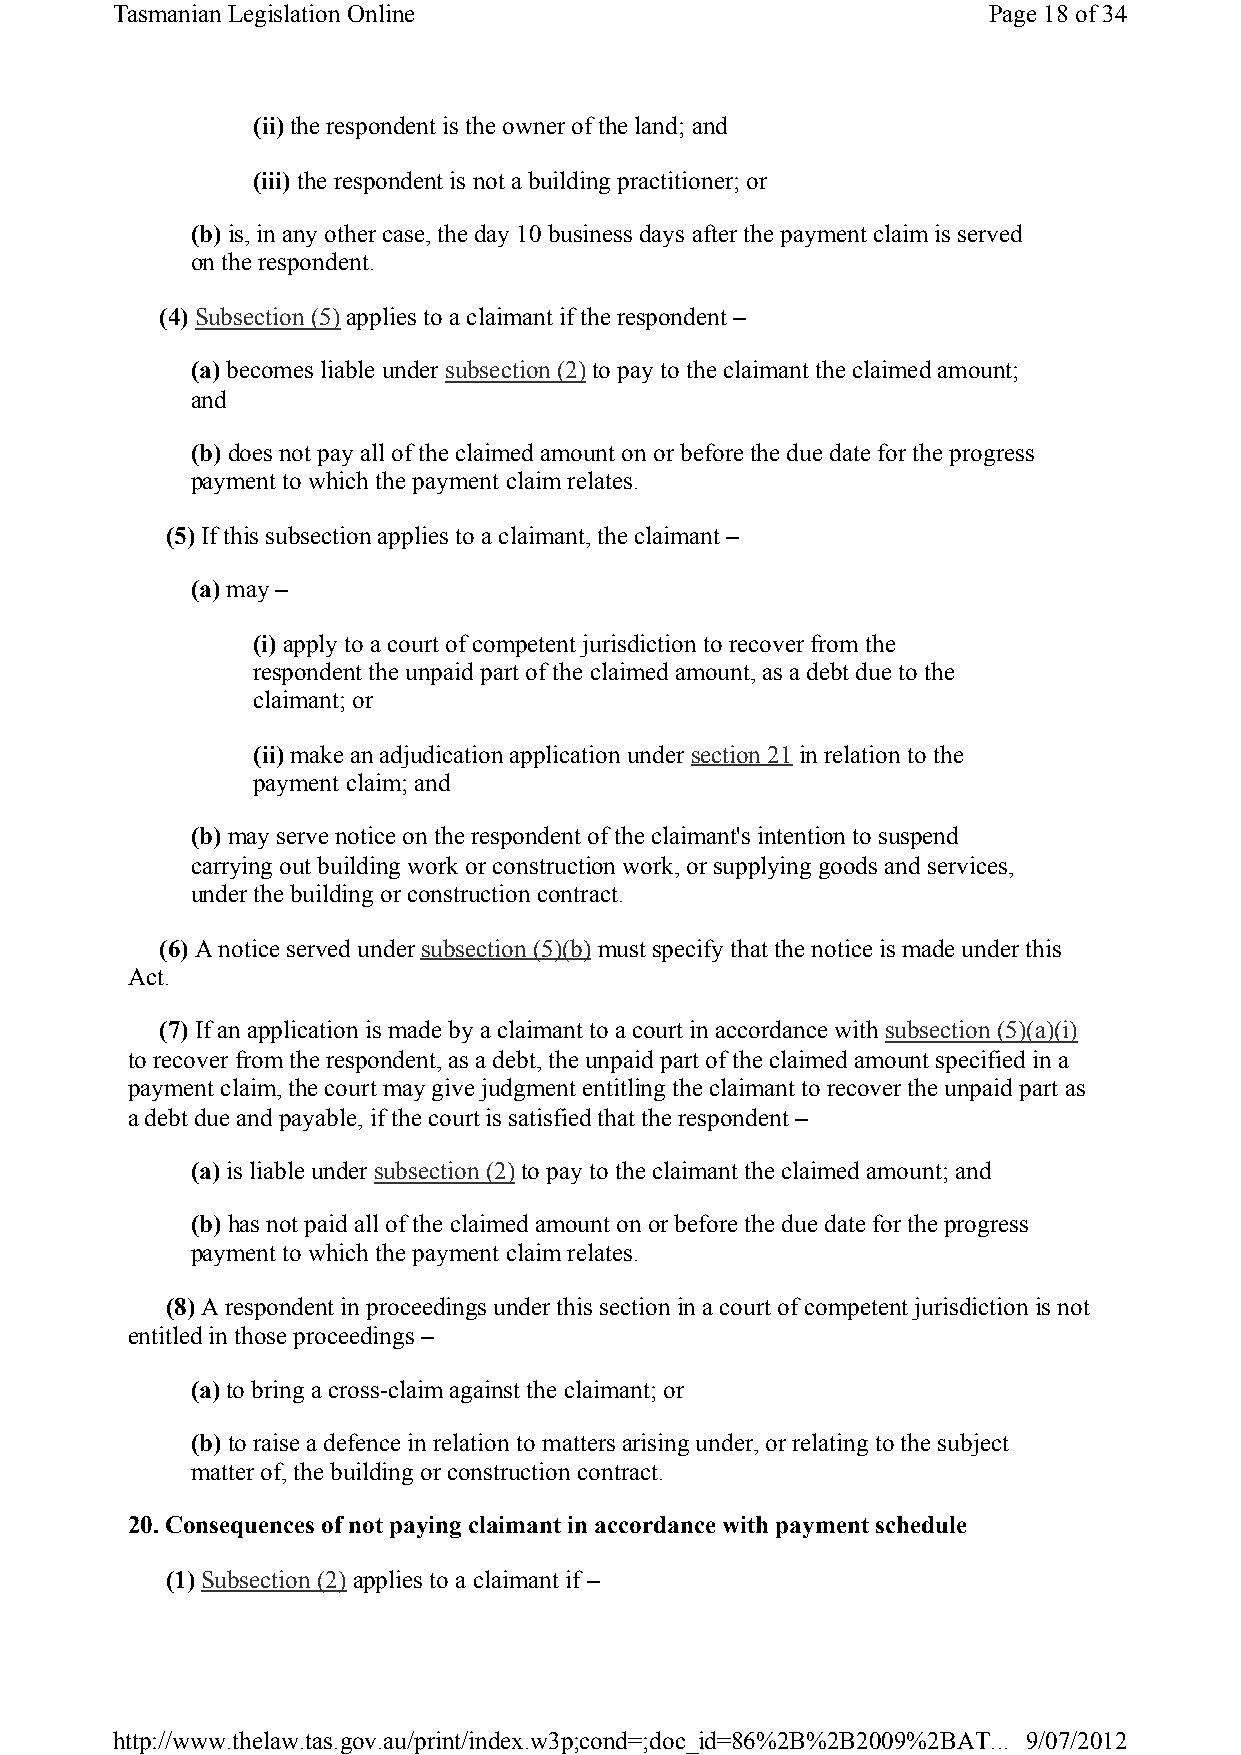
Tasmanian Legislation Online                              Page 18of 34
 (ii) the respondent is the owner of the land; and
 (iii) the respondent is not a building practitioner; or
 (b) is, in any other case, the day 10 business days after the payment claim is served
 on the respondent.
 (4) Subsection (5)applies to a claimant if the respondent –
 (a) becomes liable under subsection (2) to pay to the claimant the claimed amount;
 and
 (b) does not pay all of the claimed amount on or before the due date for the progress
 payment to which the payment claim relates.
 (5) If this subsection applies to a claimant, the claimant –
 (a) may –
 (i) apply to a court of competent jurisdiction to recover from the
 respondent the unpaid part of the claimed amount, as a debt due to the
 claimant; or
 (ii) make an adjudication application under section 21in relation to the
 payment claim; and
 (b) may serve notice on the respondent of the claimant's intention to suspend
 carrying out building work or construction work, or supplying goods and services,
 under the building or construction contract.
 (6) A notice served under subsection (5)(b)must specify that the notice is made under this
 Act.
 (7) If an application is made by a claimant to a court in accordance with subsection (5)(a)(i)
 to recover from the respondent, as a debt, the unpaid part of the claimed amount specified in a
 payment claim, the court may give judgment entitling the claimant to recover the unpaid part as
 a debt due and payable, if the court is satisfied that the respondent –
 (a) is liable under subsection (2)to pay to the claimant the claimed amount; and
 (b) has not paid all of the claimed amount on or before the due date for the progress
 payment to which the payment claim relates.
 (8) A respondent in proceedings under this section in a court of competent jurisdiction is not
 entitled in those proceedings –
 (a) to bring a cross-claim against the claimant; or
 (b) to raise a defence in relation to matters arising under, or relating to the subject
 matter of, the building or construction contract.
 20. Consequences of not paying claimant in accordance with payment schedule
 (1) Subsection (2)applies to a claimant if –
 http://www.thelaw.tas.gov.au/print/index.w3p;cond=;doc_id=86%2B%2B2009%2BAT... 9/07/2012